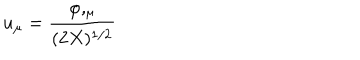
u _ { \mu } = { \frac { \varphi , _ { \mu } } { ( 2 X ) ^ { 1 / 2 } } }